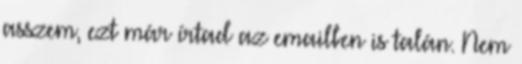
asszem, ezt már írtad az emailben is talán. Nem